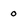
Character: o